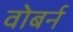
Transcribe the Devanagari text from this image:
वोबर्न